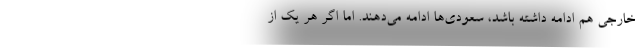
خارجی هم ادامه داشته باشد، سعودی‌ها ادامه می‌دهند. اما اگر هر یک از